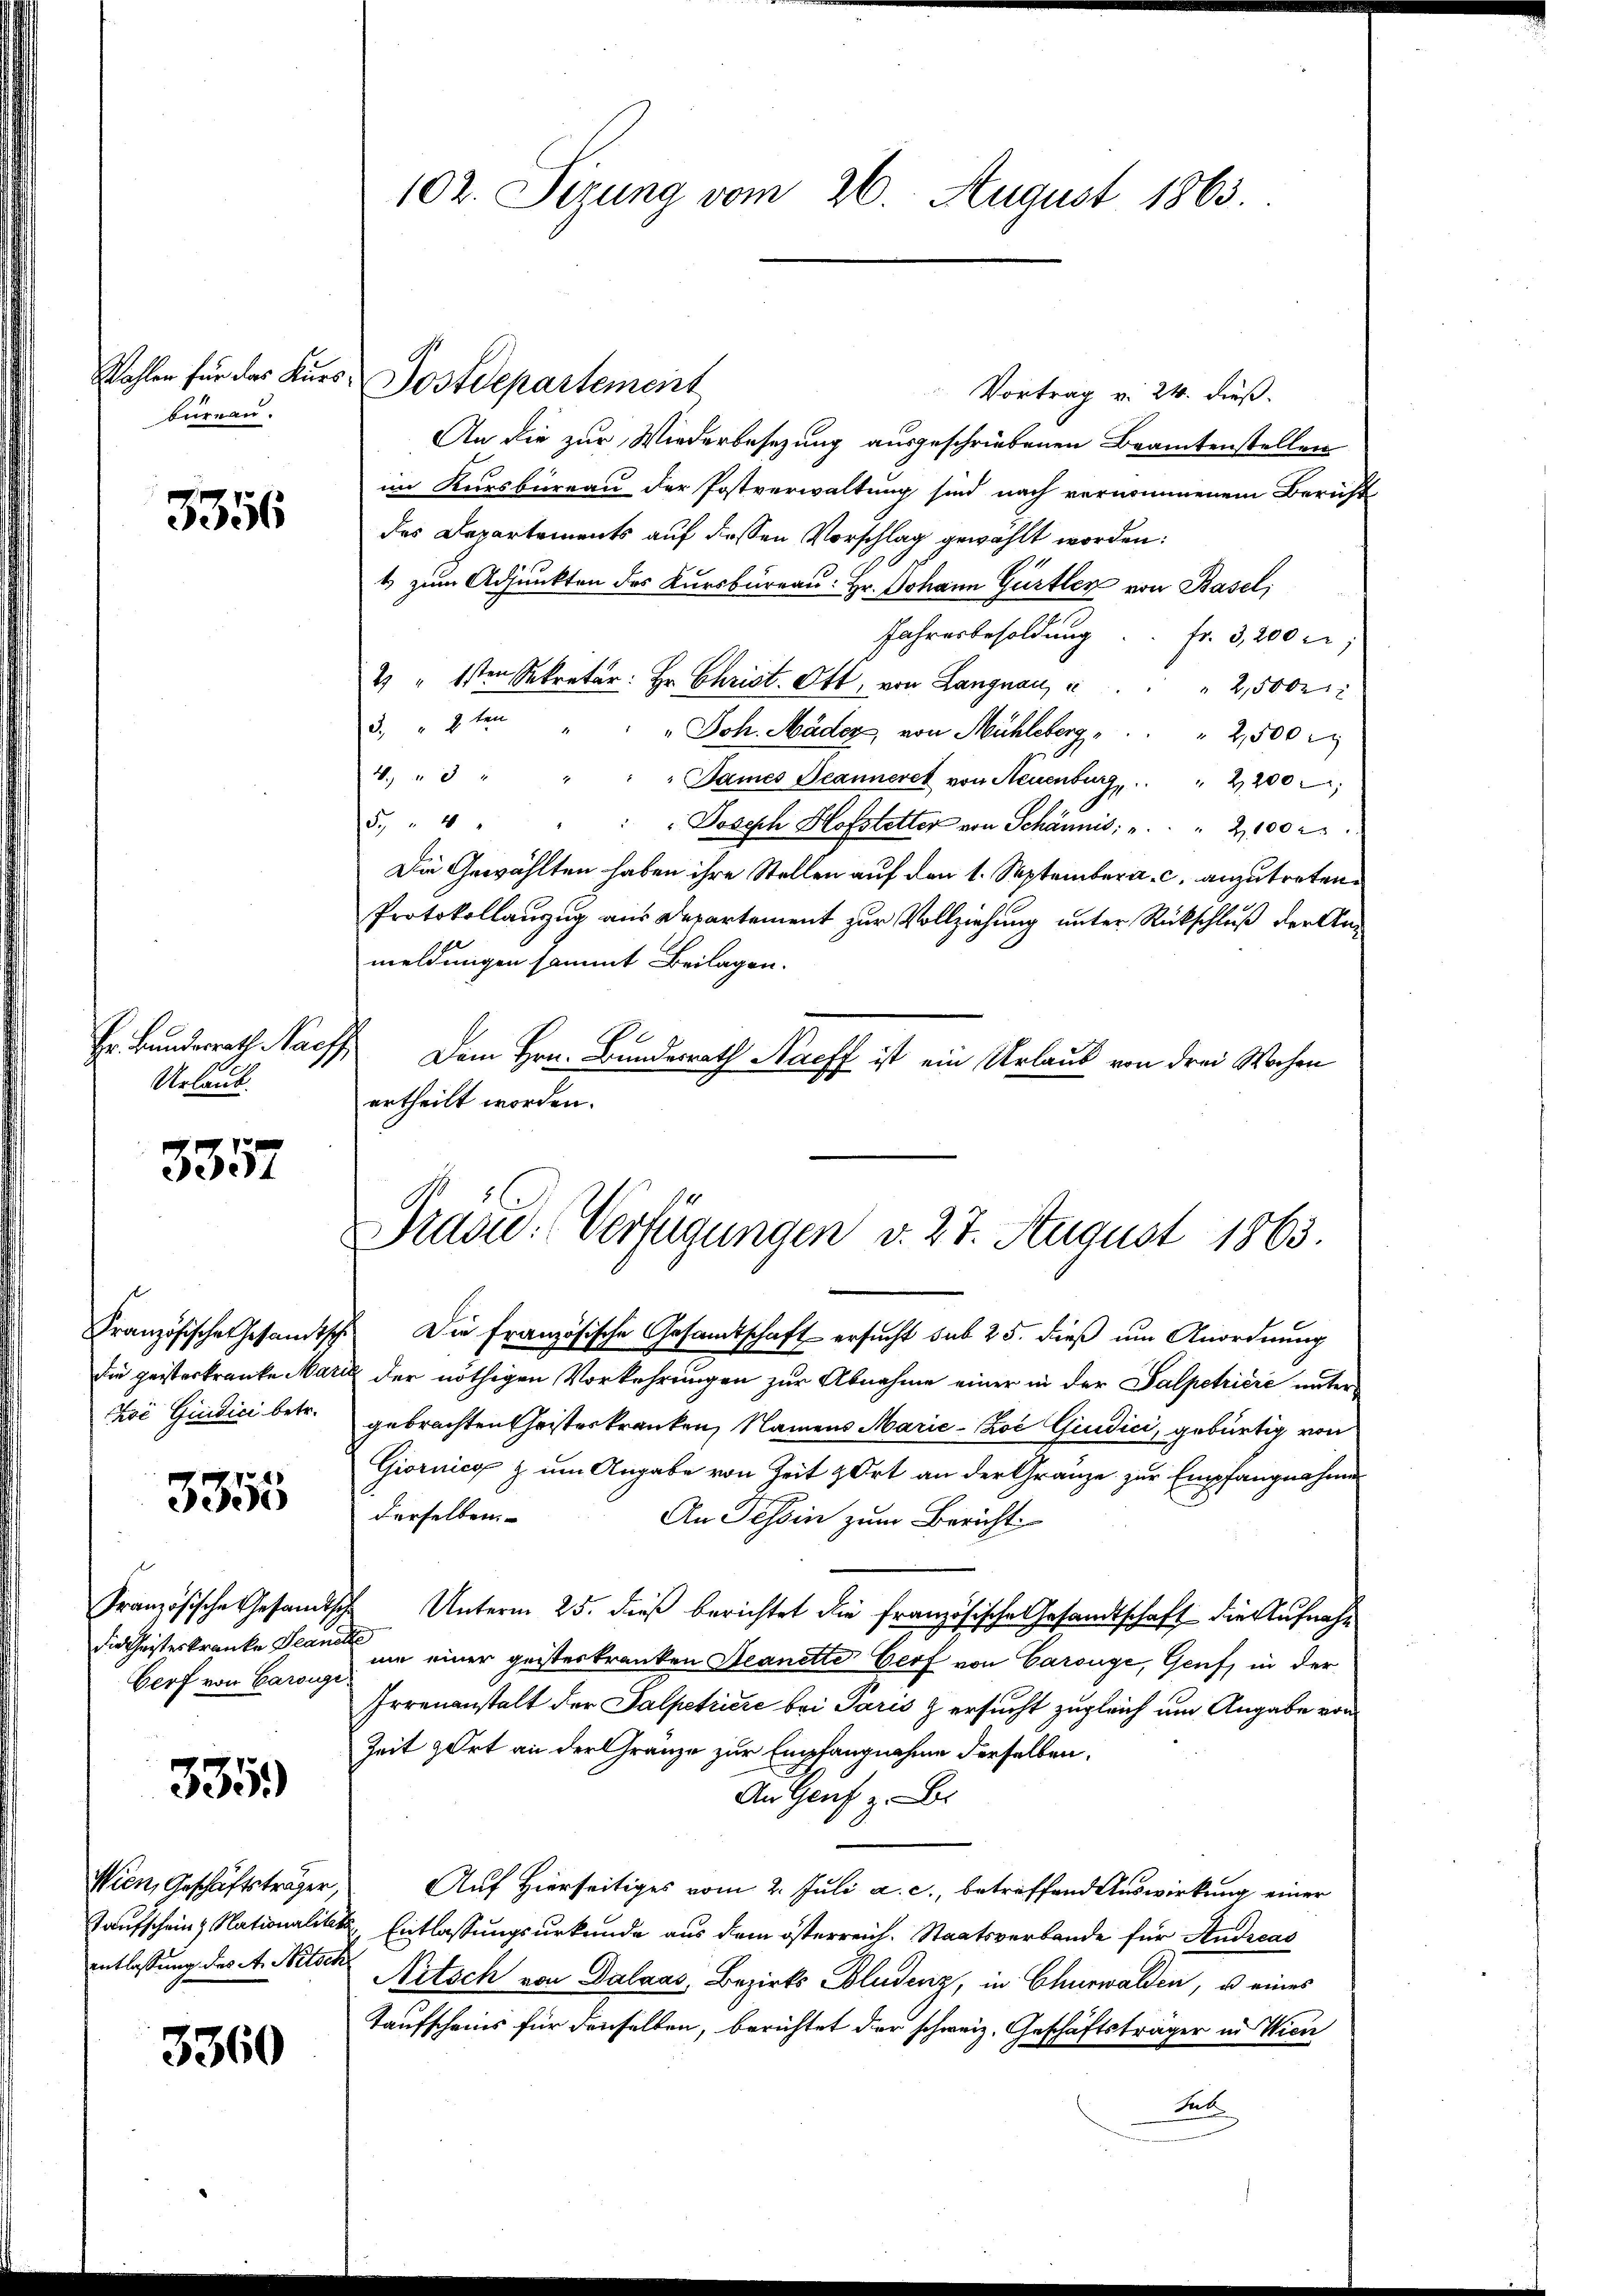
bureau.

3356

Hr. Bundesrath Nachf
Urlaub

3357

Zoć Giudici betr.

5355

Gerf von Carougi

335

Wien, Geschäftsträger
entlassung des A. Mitsch

3360

Vortrag v. 24. dieß.
An die zur Wiederbesezung ausgeschriebenen Beamtenstellen
im Kursbureau der Postverwaltung sind nach vernommenem Bericht
des Departements auf dessen Vorschlag gewählt worden:
4 zum Adjunkten des Kursbureau: Hr. Johann Gürtler von Basel,
Jahresbesoldung . . fr. 3, 200 r
2 " 1sten Sekretär: Hr. Christ. Ott, von Langnau, u. " " 2,500
3. 2ten " " " Joh. Mäder, von Mühleberg " " " 2,500 r
4. " " " " " James Jeanneret von Neuenburg, " " 2200
5. " " " " " " Joseph Hofstetter von Schännis: " " 2100 r
Die Gewählten haben ihre Stellen auf den 1. September a. c. anzutreten.
Protokollanzug aus Departement zur Vollziehung unter Rückschluß der Anmeldungen sammt Beilagen.
Dem Hrn. Bundesrath Nacff ist ein Urlaub von drei Wochen
ertheilt worden.

102. Sizung vom 26. August 1863.

Wahlen für das Kurs Postdepartement

Französische Gesandtsch. Die französische Gesamtschaft ersucht sub 25. dieß um Anordnung
die geisterkranke Maria der nöthigen Vorkehrungen zur Abnahme einer in der Salpetriere unter
gebrachten Christerkranken, Namens Marie-Zoć Giudici, gebürtig von
Giornica zum Angabe von Zeit zort an der Gränze zur Empfangnahmen
derselben
An Tessin zum Bericht
Französische Gesandtische Unterm 25. dieß berichtet die französische Gesandtschaft die Aufnahdie Christeskranke Plan in einer geisterkranken Seanette Gerf von Carouge, Genf, in der
Irrenanstalt der Salpetriere bei Paris & ersucht zugleich um Angabe von
Zeit zart an der Gränze zur Empfangnahme derselben,
An Genf z. B.
Auf Hierseitiges vom 2. Juli a. c., betreffend Auswirkung einer
Taufschein Nationalität Entlassungsurkunde aus dem österreich. Staatsverbande für Andreas
Nitsch von Dalaas, Bezirks Bludenz, in Churwalden, u eines
Taufscheins für denselben, berichtet der schweiz. Geschäftsträger in Wien
Sut

Prasid. Verfügungen v. 27. August 1863.